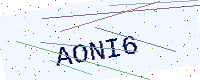
Text: AONI6